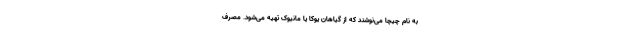
به نام چیچا می‌نوشند که از گیاهان یوکا یا مانیوک تهیه می‌شود. مصرف